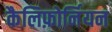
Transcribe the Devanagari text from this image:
कैलिफ़ोर्नियन